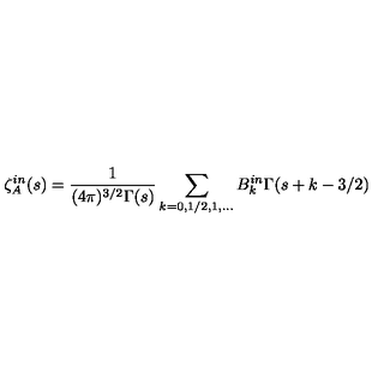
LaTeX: \zeta _ { A } ^ { i n } ( s ) = \frac { 1 } { ( 4 \pi ) ^ { 3 / 2 } \Gamma ( s ) } \sum _ { k = 0 , 1 / 2 , 1 , . . . } B _ { k } ^ { i n } \Gamma ( s + k - 3 / 2 )